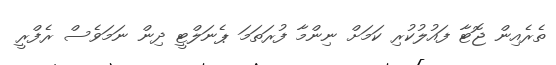
ތެރެއިން ޖޮޓާ ފައުލުކުރި ކަމަށް ނިންމާ ފުރަތަމަ ޕެނަލްޓީ ދިން ނަމަވެސް ރެފްރީ